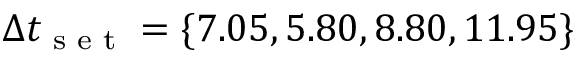
\Delta t _ { \textrm { s e t } } = \{ 7 . 0 5 , 5 . 8 0 , 8 . 8 0 , 1 1 . 9 5 \}